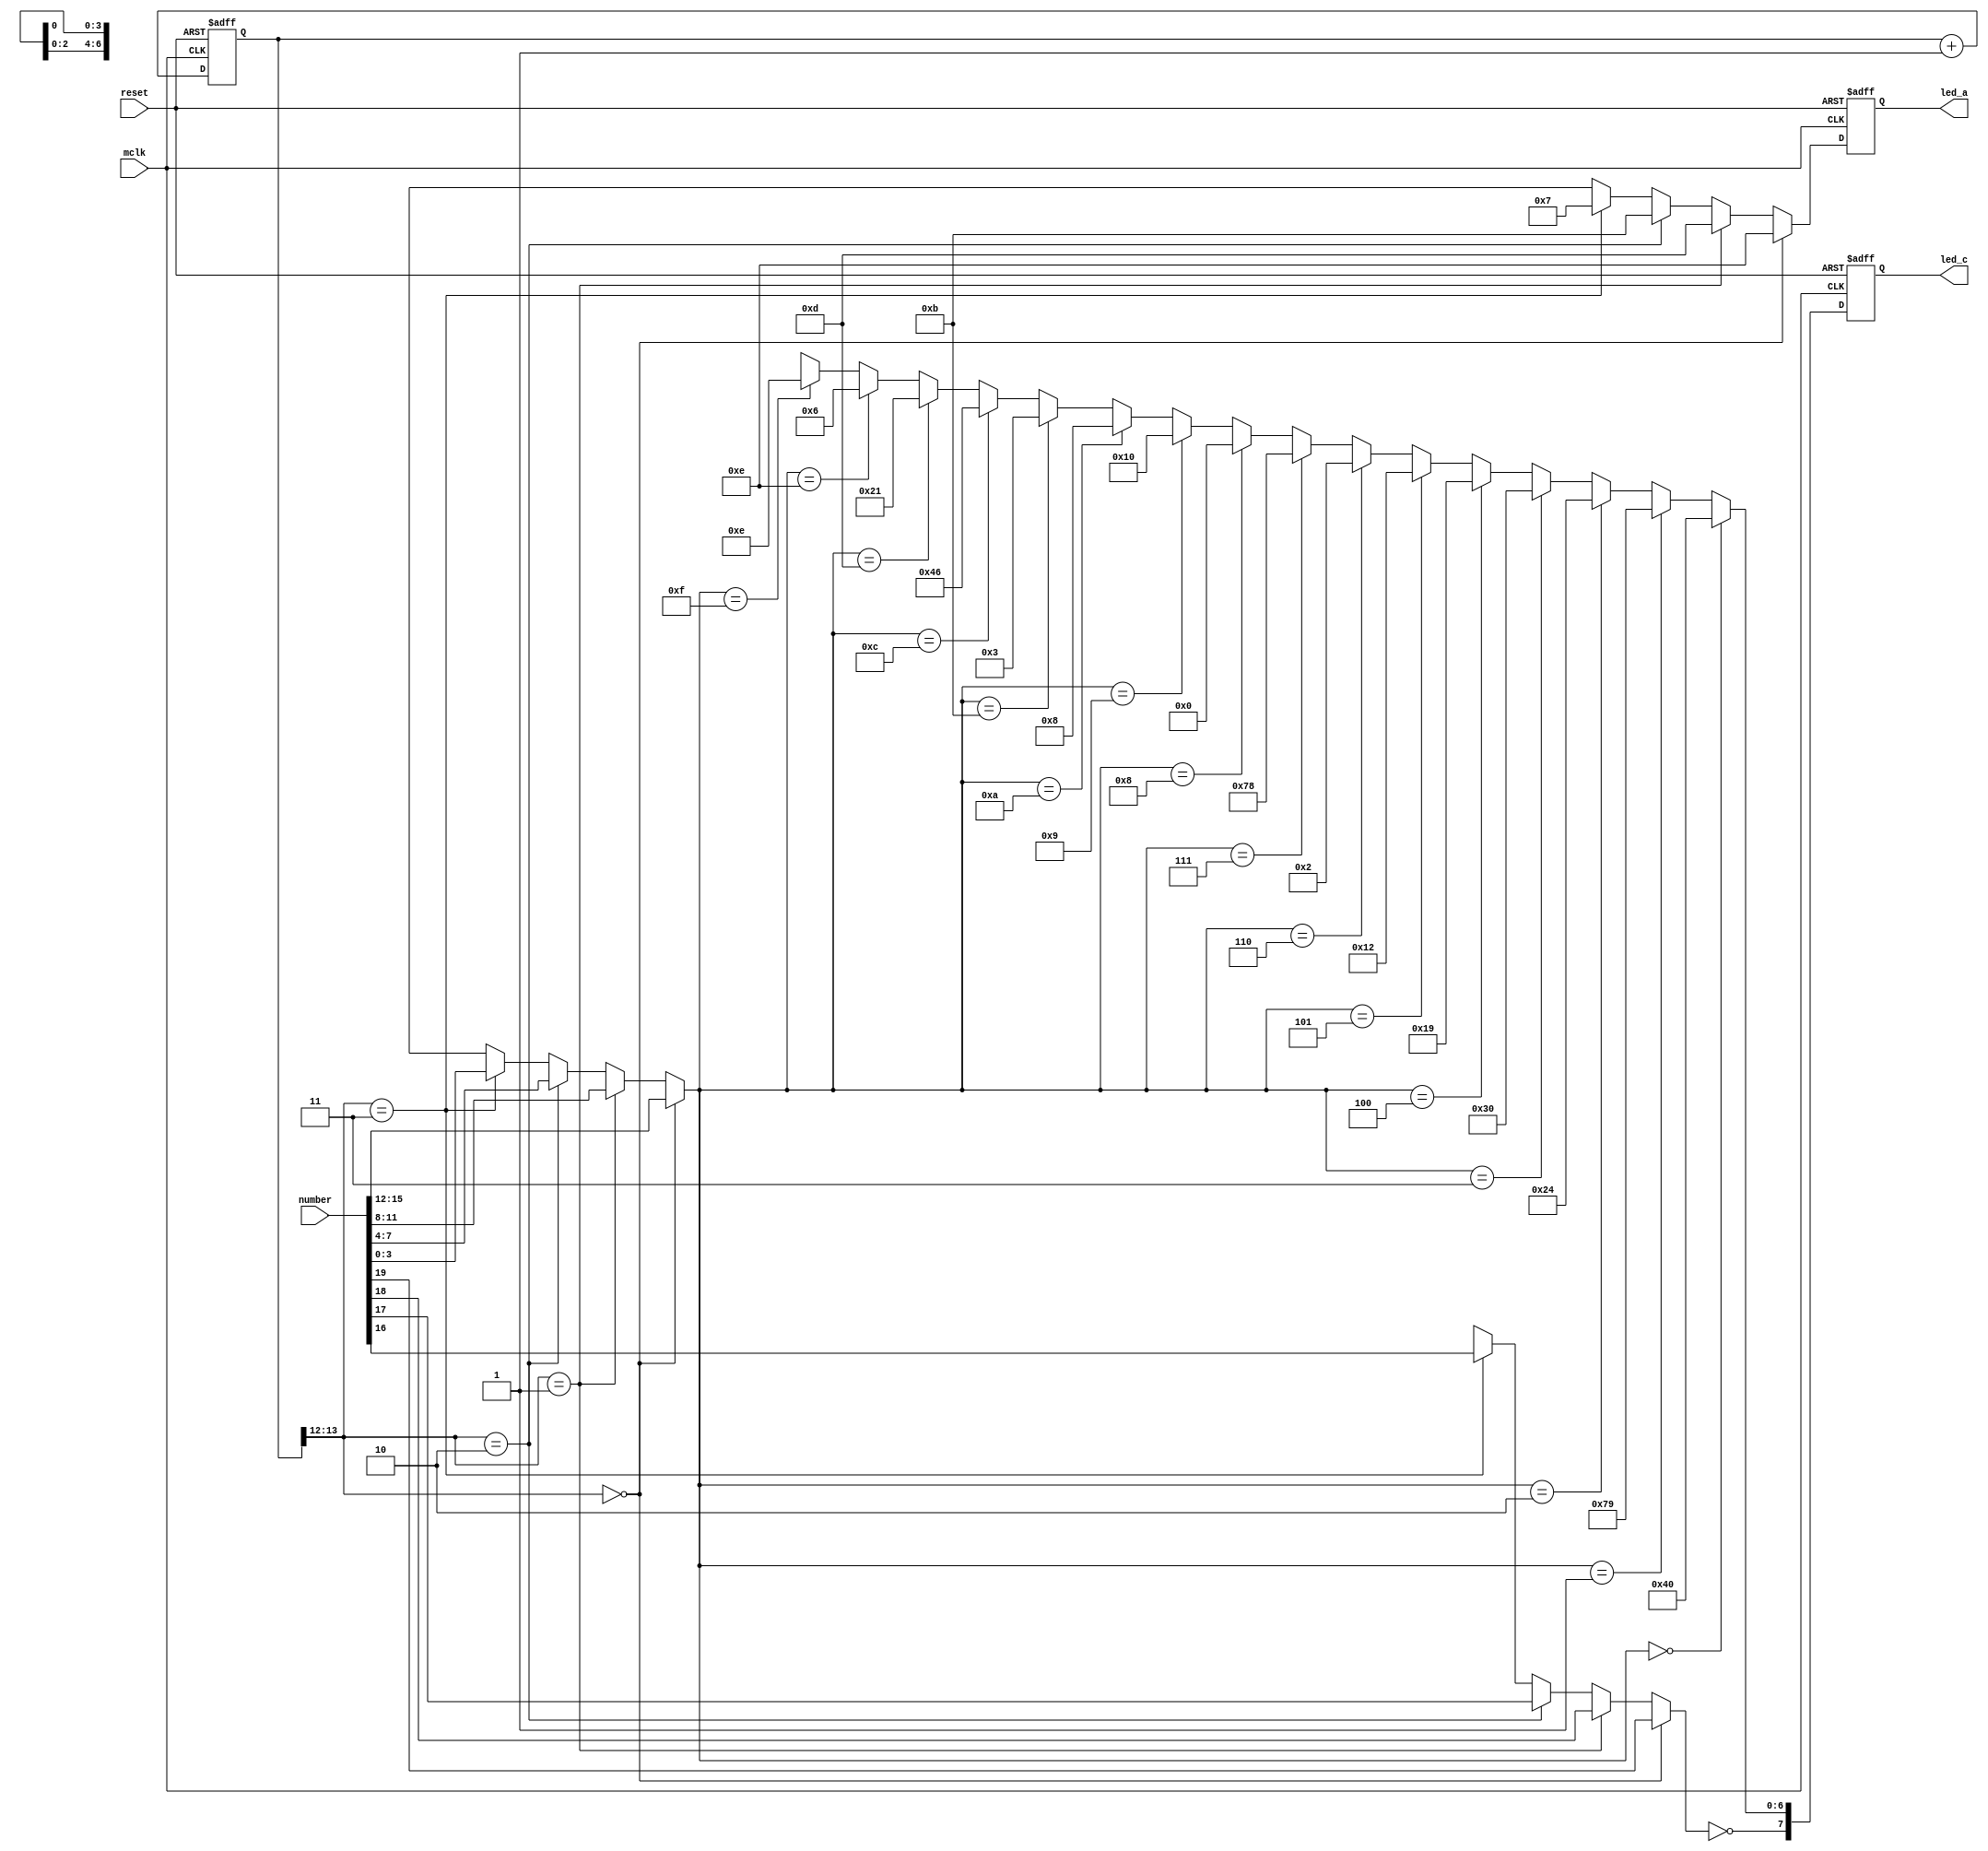
/*
 * led_hex.v - Hexadecimal display driver for a 4-digit
 *             7-segment multiplexed LED display, like the
 *             one on the Digilent Spartan 3 board.
 *
 *             Displays a 20-bit value. The low 16 bits
 *             are displayed in hex on the 4 display digits,
 *             the upper 4 bits show up on the four decimal
 *             points.
 *
 * Copyright (C) 2009 Micah Dowty
 *
 * Permission is hereby granted, free of charge, to any person obtaining a copy
 * of this software and associated documentation files (the "Software"), to deal
 * in the Software without restriction, including without limitation the rights
 * to use, copy, modify, merge, publish, distribute, sublicense, and/or sell
 * copies of the Software, and to permit persons to whom the Software is
 * furnished to do so, subject to the following conditions:
 *
 * The above copyright notice and this permission notice shall be included in
 * all copies or substantial portions of the Software.
 *
 * THE SOFTWARE IS PROVIDED "AS IS", WITHOUT WARRANTY OF ANY KIND, EXPRESS OR
 * IMPLIED, INCLUDING BUT NOT LIMITED TO THE WARRANTIES OF MERCHANTABILITY,
 * FITNESS FOR A PARTICULAR PURPOSE AND NONINFRINGEMENT. IN NO EVENT SHALL THE
 * AUTHORS OR COPYRIGHT HOLDERS BE LIABLE FOR ANY CLAIM, DAMAGES OR OTHER
 * LIABILITY, WHETHER IN AN ACTION OF CONTRACT, TORT OR OTHERWISE, ARISING FROM,
 * OUT OF OR IN CONNECTION WITH THE SOFTWARE OR THE USE OR OTHER DEALINGS IN
 * THE SOFTWARE.
 */

module led_hex(mclk, reset, number, led_c, led_a);
   input mclk, reset;
   input [19:0] number;
   output [7:0] led_c;
   output [3:0] led_a;

   reg [7:0]    led_c;
   reg [3:0]    led_a;
   reg [13:0]   clkdiv;

   wire [1:0]   digit = clkdiv[13:12];

   wire [3:0]   hex = (digit == 0 ? number[15:12] :
                       digit == 1 ? number[11:8] :
                       digit == 2 ? number[7:4] :
                       digit == 3 ? number[3:0] : 4'hX);

   wire [3:0]   anode = (digit == 0 ? 4'b1110 :
                         digit == 1 ? 4'b1101 :
                         digit == 2 ? 4'b1011 :
                         digit == 3 ? 4'b0111 : 4'hX);

   wire         decimal = !(digit == 0 ? number[19] :
                            digit == 1 ? number[18] :
                            digit == 2 ? number[17] :
                            digit == 3 ? number[16] : 1'bX);

   wire [6:0]   seg = (hex == 4'h0 ? 7'b1000000 :
                       hex == 4'h1 ? 7'b1111001 :
                       hex == 4'h2 ? 7'b0100100 :
                       hex == 4'h3 ? 7'b0110000 :
                       hex == 4'h4 ? 7'b0011001 :
                       hex == 4'h5 ? 7'b0010010 :
                       hex == 4'h6 ? 7'b0000010 :
                       hex == 4'h7 ? 7'b1111000 :
                       hex == 4'h8 ? 7'b0000000 :
                       hex == 4'h9 ? 7'b0010000 :
                       hex == 4'hA ? 7'b0001000 :
                       hex == 4'hB ? 7'b0000011 :
                       hex == 4'hC ? 7'b1000110 :
                       hex == 4'hD ? 7'b0100001 :
                       hex == 4'hE ? 7'b0000110 :
                       hex == 4'hF ? 7'b0001110 : 7'hXX);

   always @(posedge mclk or posedge reset)
     if (reset) begin
        clkdiv <= 0;
        led_a <= 4'b1111;
        led_c <= 8'b11111111;
     end
     else begin
        clkdiv <= clkdiv + 1;
        led_a <= anode;
        led_c <= {decimal, seg};
     end
endmodule